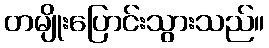
တမျိုးပြောင်းသွားသည်။